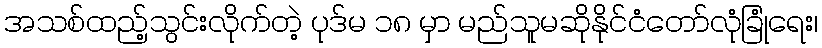
အသစ်ထည့်သွင်းလိုက်တဲ့ ပုဒ်မ ၁၈ မှာ မည်သူမဆိုနိုင်ငံတော်လုံခြုံရေး၊